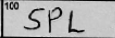
Transcription: SPL